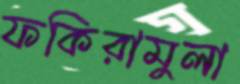
ফকিরামুলা